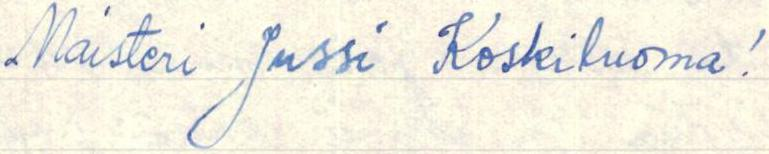
Maisteri Jussi Koskiluoma!